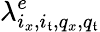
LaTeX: \lambda_{i_{x},i_{\mathfrak{t}},q_{x},q_{\mathfrak{t}}}^{e}